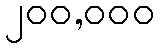
၂၀၀,၀၀၀